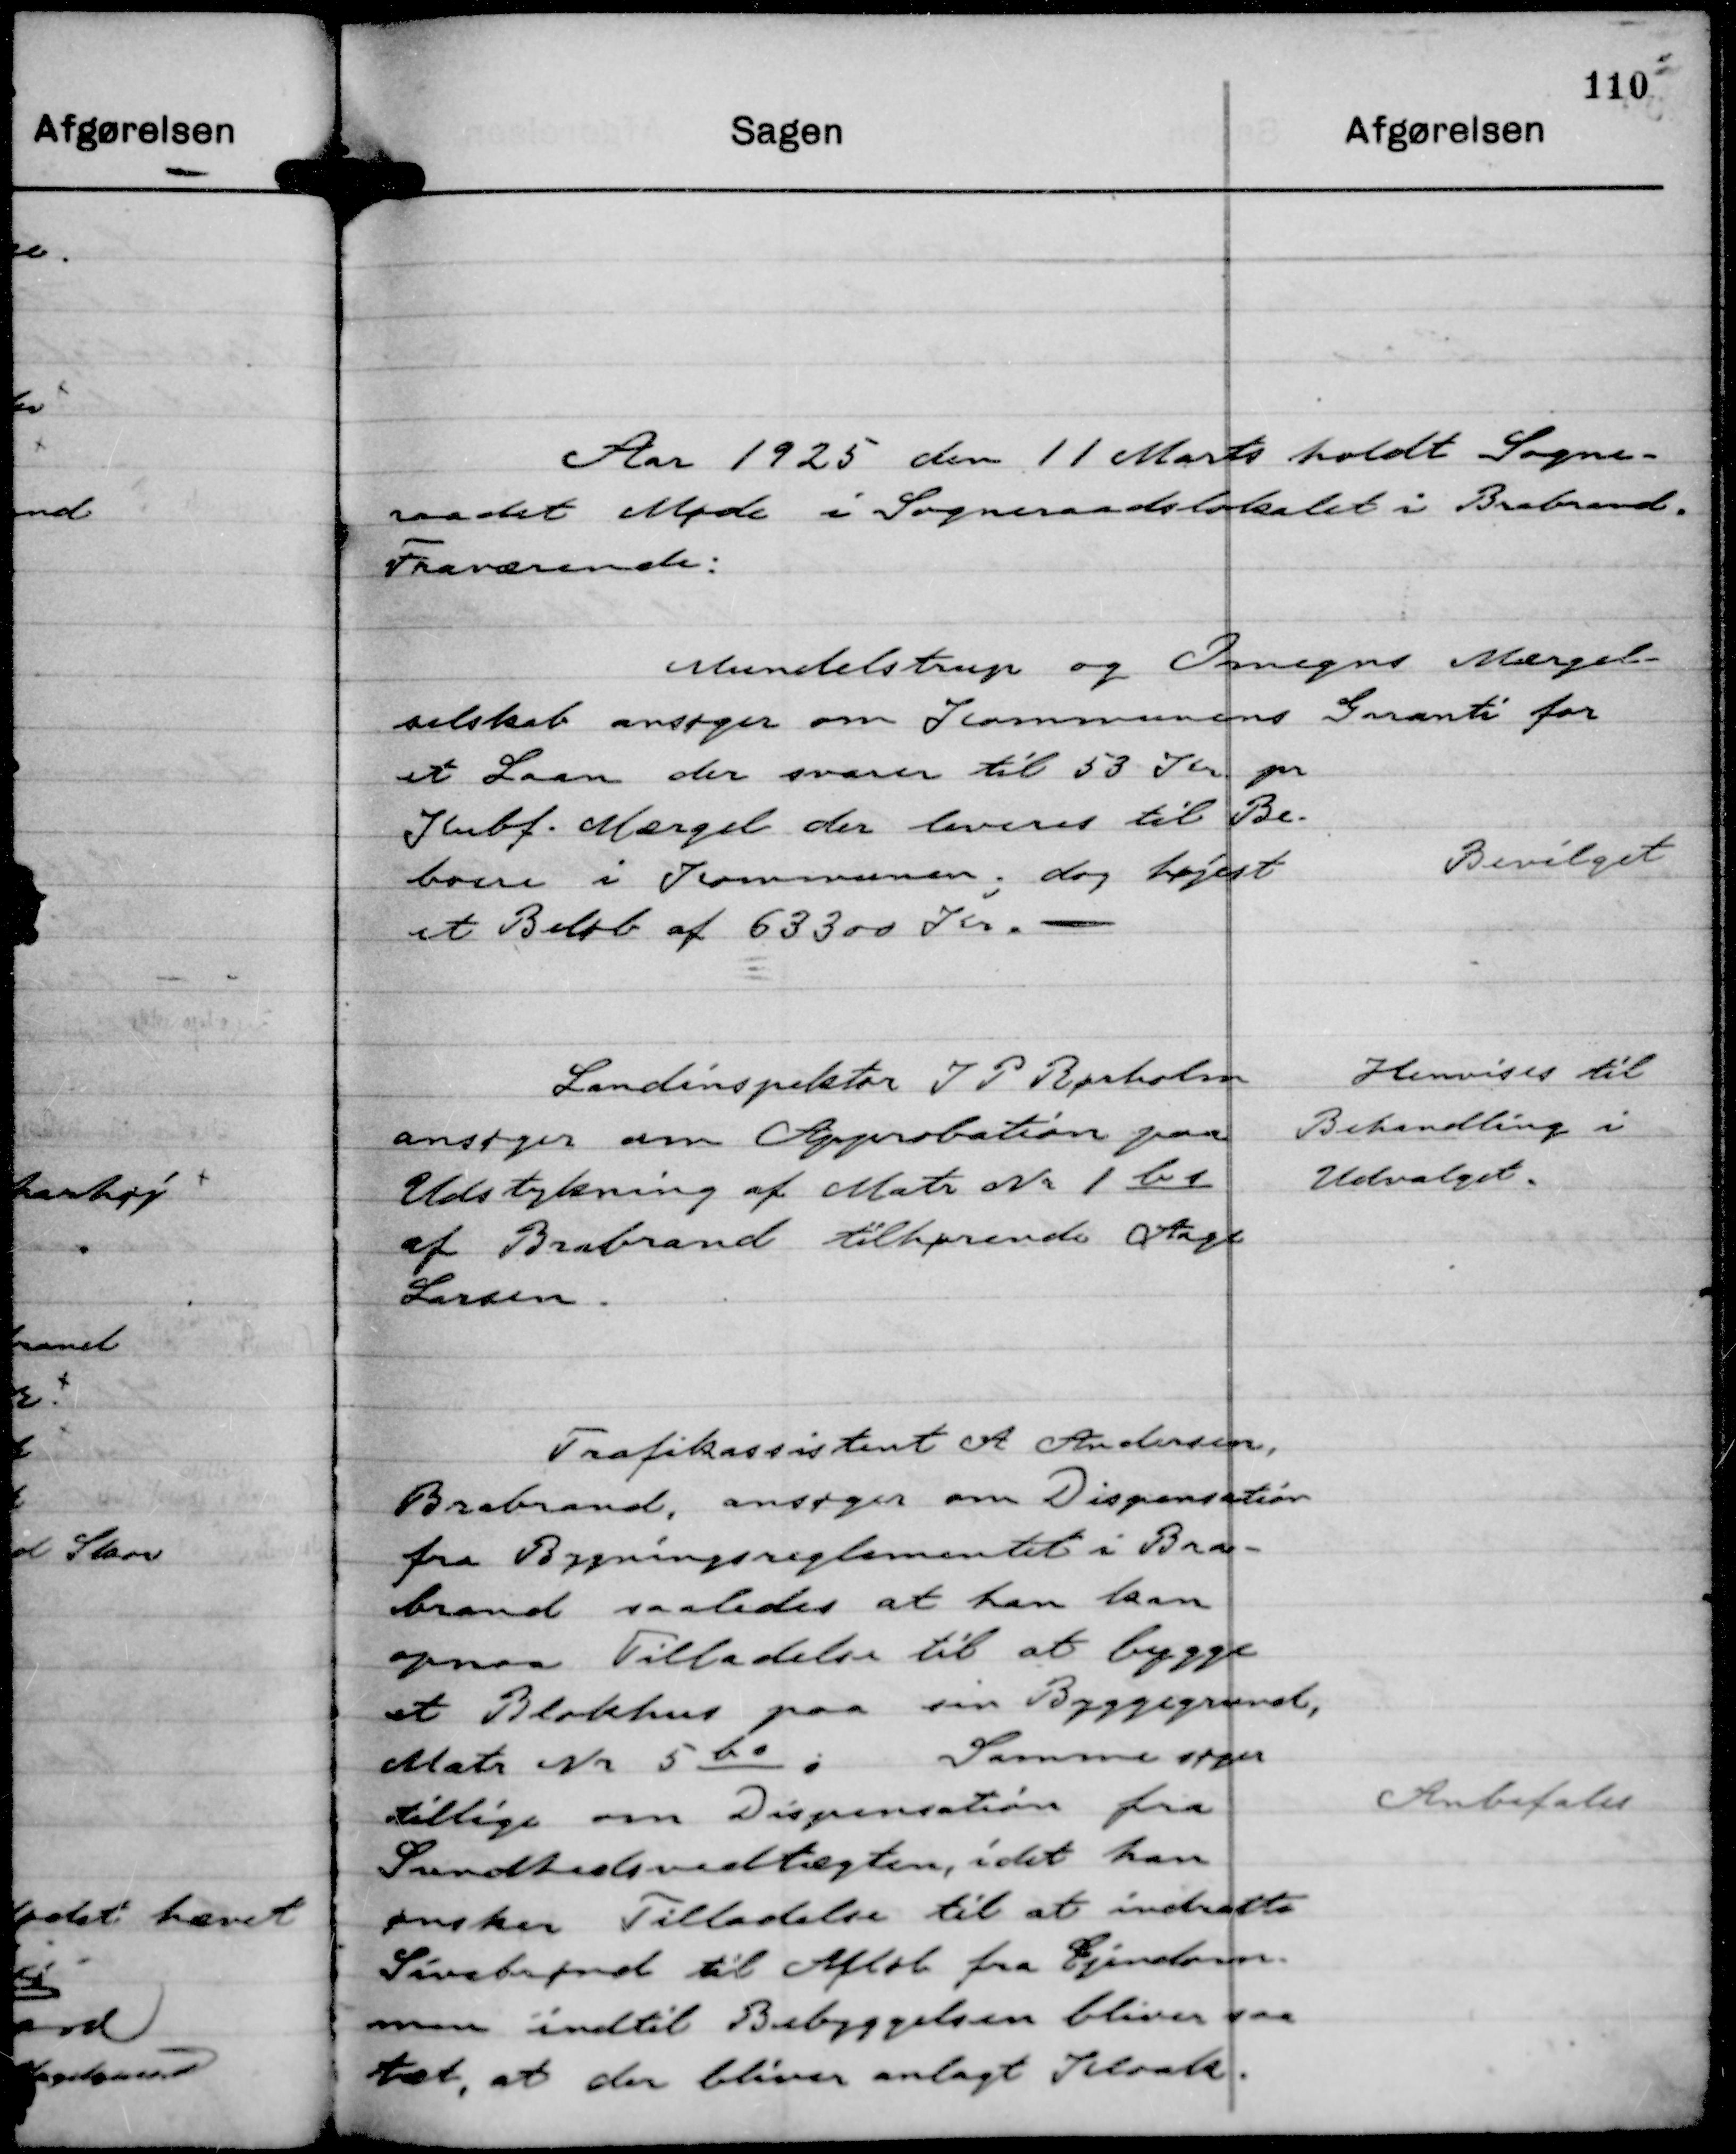
Transskription:
Aar 1925 den 11 Marts holdt Sogne-
raadet Møde i Sogneraadslokalet i Brabrand.
Fraværende:

Mundelstrup og Omegns Mærgel-
selskab ansøger om Kommunens Garanti for
et Laan der svarer til 53 Kr pr
Kubf. Mærgel der leveres til Be-
boere i Kommunen; dog højst
et Beløb af 63300 Kr.

Bevilget

Landinspektør J P Rørholm
ansøger om Approbation paa
Udstykning af Matr Nr 1 b s
af Brabrand tilhørende Aage
Larsen.

Henvises til
Behandling i
Udvalget.

Trafikassistent A Andersen,
Brabrand, ansøger om Dispensation
fra Bygningsreglementet i Bra-
brand saaledes at han kan
opnaa Tilladelse til at bygge
et Blokhus paa sin Byggegrund,
Matr Nr 5 bo ;
Samme søger
tillige om Dispensation fra
Sundhedsvedtægten, idet han
ønsker Tilladelse til at indrette
Sivebrønd til Afløb fra Ejendom-
men indtil Bebyggelsen bliver saa
tæt, at der bliver anlagt Kloak.

Anbefales